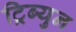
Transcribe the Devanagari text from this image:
ट्रिब्युन